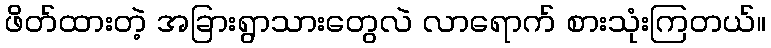
ဖိတ်ထားတဲ့ အခြားရွာသားတွေလဲ လာရောက် စားသုံးကြတယ်။